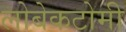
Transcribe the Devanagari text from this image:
लोबेकटोमी